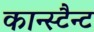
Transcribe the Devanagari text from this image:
कान्स्टैन्ट